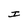
Character: I